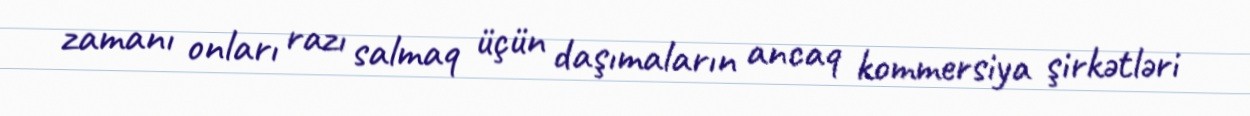
zamanı onları razı salmaq üçün daşımaların ancaq kommersiya şirkətləri